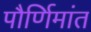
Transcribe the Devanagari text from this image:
पौर्णिमांत